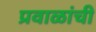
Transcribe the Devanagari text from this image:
प्रवाळांची